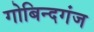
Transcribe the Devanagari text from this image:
गोबिन्दगंज